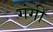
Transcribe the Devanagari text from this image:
गंगी